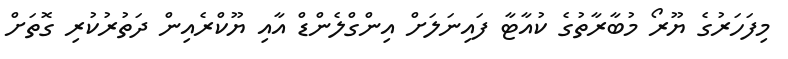
މިފަހަރުގެ ޔޫރޯ މުބާރާތުގެ ކުއާޓާ ފައިނަލަށް އިންގްލެންޑް އާއި ޔޫކްރެއިން ދަތުރުކުރި ގޮތަށް